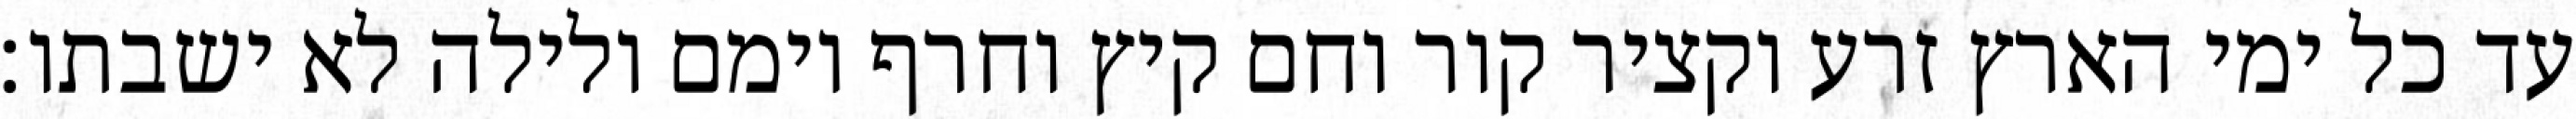
עד כל ימי הארץ זרע וקציר קור וחם קיץ וחרף יומם ולילה לא ישבתו׃